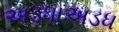
અડધાઅડધ